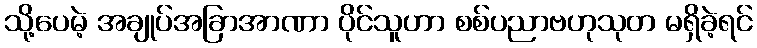
သို့ပေမဲ့ အချုပ်အခြာအာဏာ ပိုင်သူဟာ စစ်ပညာဗဟုသုတ မရှိခဲ့ရင်